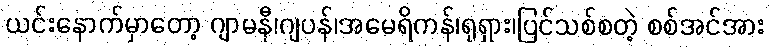
ယင်းနောက်မှာတော့ ဂျာမနီ၊ဂျပန်၊အမေရိကန်၊ရုရှား၊ပြင်သစ်စတဲ့ စစ်အင်အား